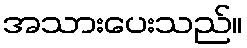
အသားပေးသည်။